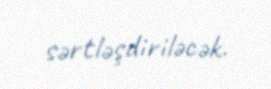
sərtləşdiriləcək.